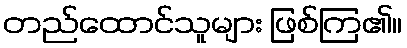
တည်ထောင်သူများ ဖြစ်ကြ၏။